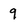
Character: 9